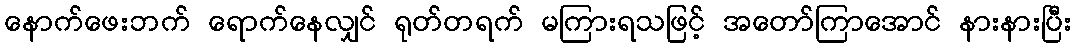
နောက်ဖေးဘက် ရောက်နေလျှင် ရုတ်တရက် မကြားရသဖြင့် အတော်ကြာအောင် နားနားပြီး